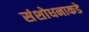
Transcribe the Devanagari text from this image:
संशोधनाकडे